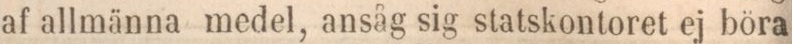
af allmänna medel, ansåg sig statskontoret ej böra